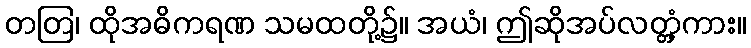
တတြ၊ ထိုအဓိကရဏ သမထတို့၌။ အယံ၊ ဤဆိုအပ်လတ္တံ့ကား။